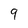
Character: 9